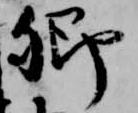
卿